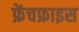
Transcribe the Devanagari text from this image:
फ्रेंचफ्राइस